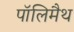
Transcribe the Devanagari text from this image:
पॉलिमैथ